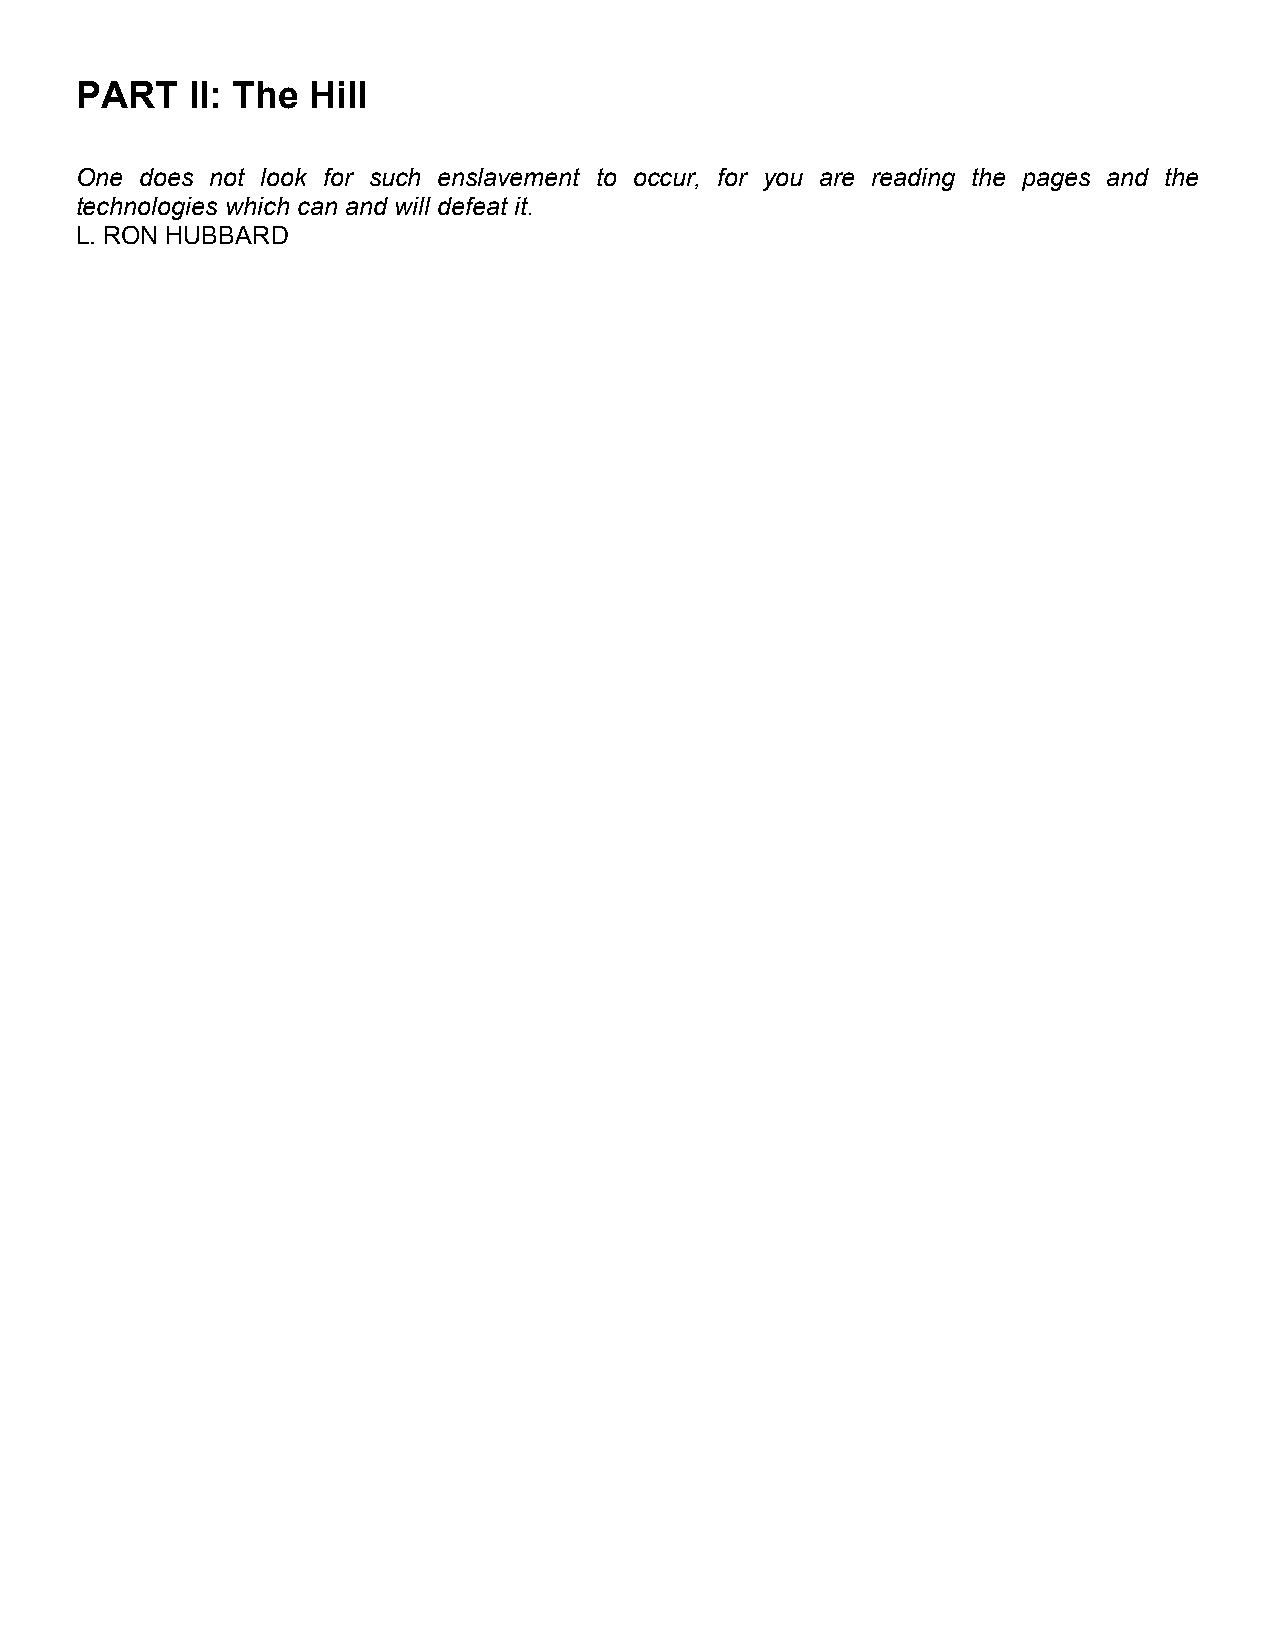
PART   II: The Hill
 One does not look for such enslavement to occur, for you are reading the pages and the
 technologies which can and will defeat it.
 L. RON HUBBARD